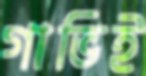
গাভিই